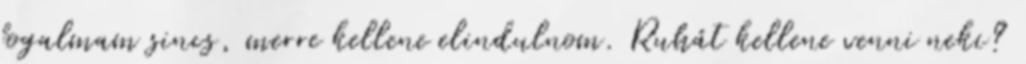
fogalmam sincs, merre kellene elindulnom. Ruhát kellene venni neki?